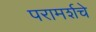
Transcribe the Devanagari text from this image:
परामर्शचे